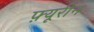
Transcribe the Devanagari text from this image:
फ़्यूरीन